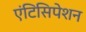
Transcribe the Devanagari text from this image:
एंटिसिपेशन